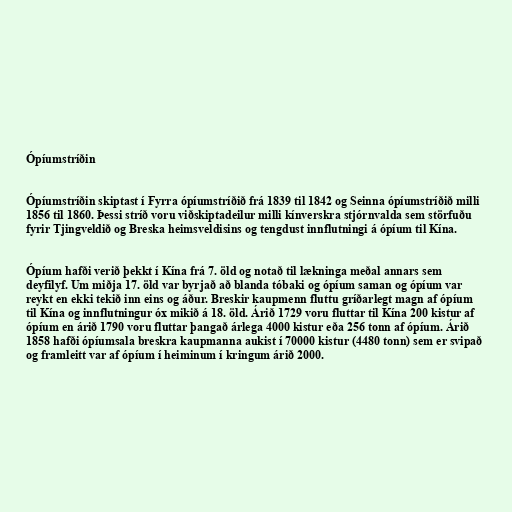
Ópíumstríðin

Ópíumstríðin skiptast í Fyrra ópíumstríðið frá 1839 til 1842 og Seinna ópíumstríðið milli
1856 til 1860. Þessi stríð voru viðskiptadeilur milli kínverskra stjórnvalda sem störfuðu
fyrir Tjingveldið og Breska heimsveldisins og tengdust innflutningi á ópíum til Kína.

Ópíum hafði verið þekkt í Kína frá 7. öld og notað til lækninga meðal annars sem
deyfilyf. Um miðja 17. öld var byrjað að blanda tóbaki og ópíum saman og ópíum var
reykt en ekki tekið inn eins og áður. Breskir kaupmenn fluttu gríðarlegt magn af ópíum
til Kína og innflutningur óx mikið á 18. öld. Árið 1729 voru fluttar til Kína 200 kistur af
ópíum en árið 1790 voru fluttar þangað árlega 4000 kistur eða 256 tonn af ópíum. Árið
1858 hafði ópíumsala breskra kaupmanna aukist í 70000 kistur (4480 tonn) sem er svipað
og framleitt var af ópíum í heiminum í kringum árið 2000.